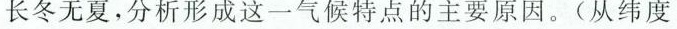
长冬无夏，分析形成这一气候特点的主要原因。(从纬度